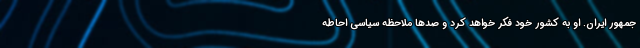
جمهور ایران. او به کشور خود فکر خواهد کرد و صدها ملاحظه سیاسی احاطه